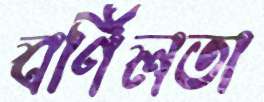
বর্ণিলতা